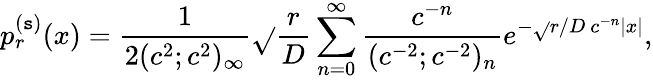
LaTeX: p_{r}^{(\mathtt{s})}(x)=\frac{{1}}{{2(c^{2};c^{2})_{\infty}}}\sqrt{}{{\frac{{r}}{{D}}}}\sum_{n=0}^{\infty}\frac{{c^{-n}}}{{(c^{-2};c^{-2})_{n}}}e^{-\sqrt{}{{r/D}}\ c^{-n}|x|},